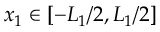
x _ { 1 } \in \left[ - L _ { 1 } / 2 , L _ { 1 } / 2 \right]